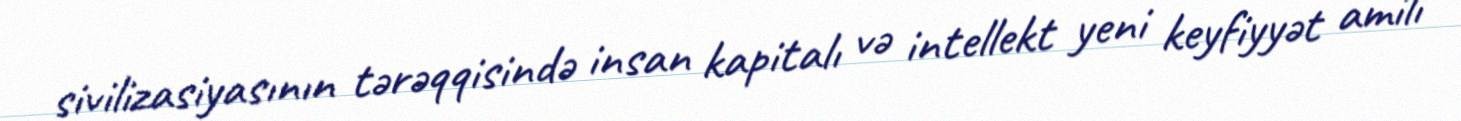
sivilizasiyasının tərəqqisində insan kapitalı və intellekt yeni keyfiyyət amili